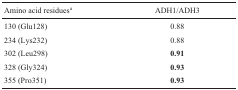
<table><thead><tr><td><b>Amino acid residues<sup>a</sup></b></td><td><b>ADH1/ADH3</b></td></tr></thead><tbody><tr><td>130 (Glu128)</td><td>0.88</td></tr><tr><td>234 (Lys232)</td><td>0.88</td></tr><tr><td>302 (Leu298)</td><td><b>0.91</b></td></tr><tr><td>328 (Gly324)</td><td><b>0.93</b></td></tr><tr><td>355 (Pro351)</td><td><b>0.93</b></td></tr></tbody></table>